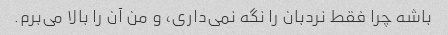
باشه چرا فقط نردبان را نگه نمی‌داری، و من آن را بالا می‌برم.